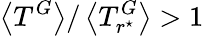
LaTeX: \left<T^{G}\right>/\left<T_{r^{\star}}^{G}\right>>1